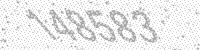
Solution: 148583